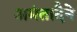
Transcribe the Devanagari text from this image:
अमंतादैने